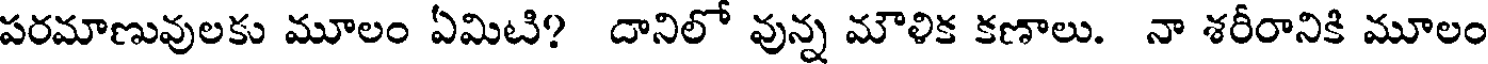
పరమాణువులకు మూలం ఏమిటి? దానిలో వున్న మౌళిక కణాలు. నా శరీరానికి మూలం